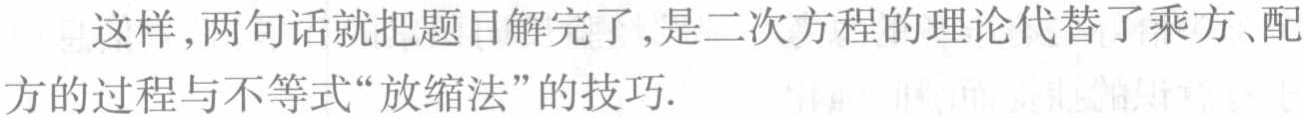
这样，两句话就把题目解完了，是二次方程的理论代替了乘方、配方的过程与不等式“放缩法”的技巧.